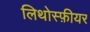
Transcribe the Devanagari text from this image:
लिथोस्फ़ीयर